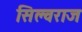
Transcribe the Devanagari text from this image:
सिल्वराज